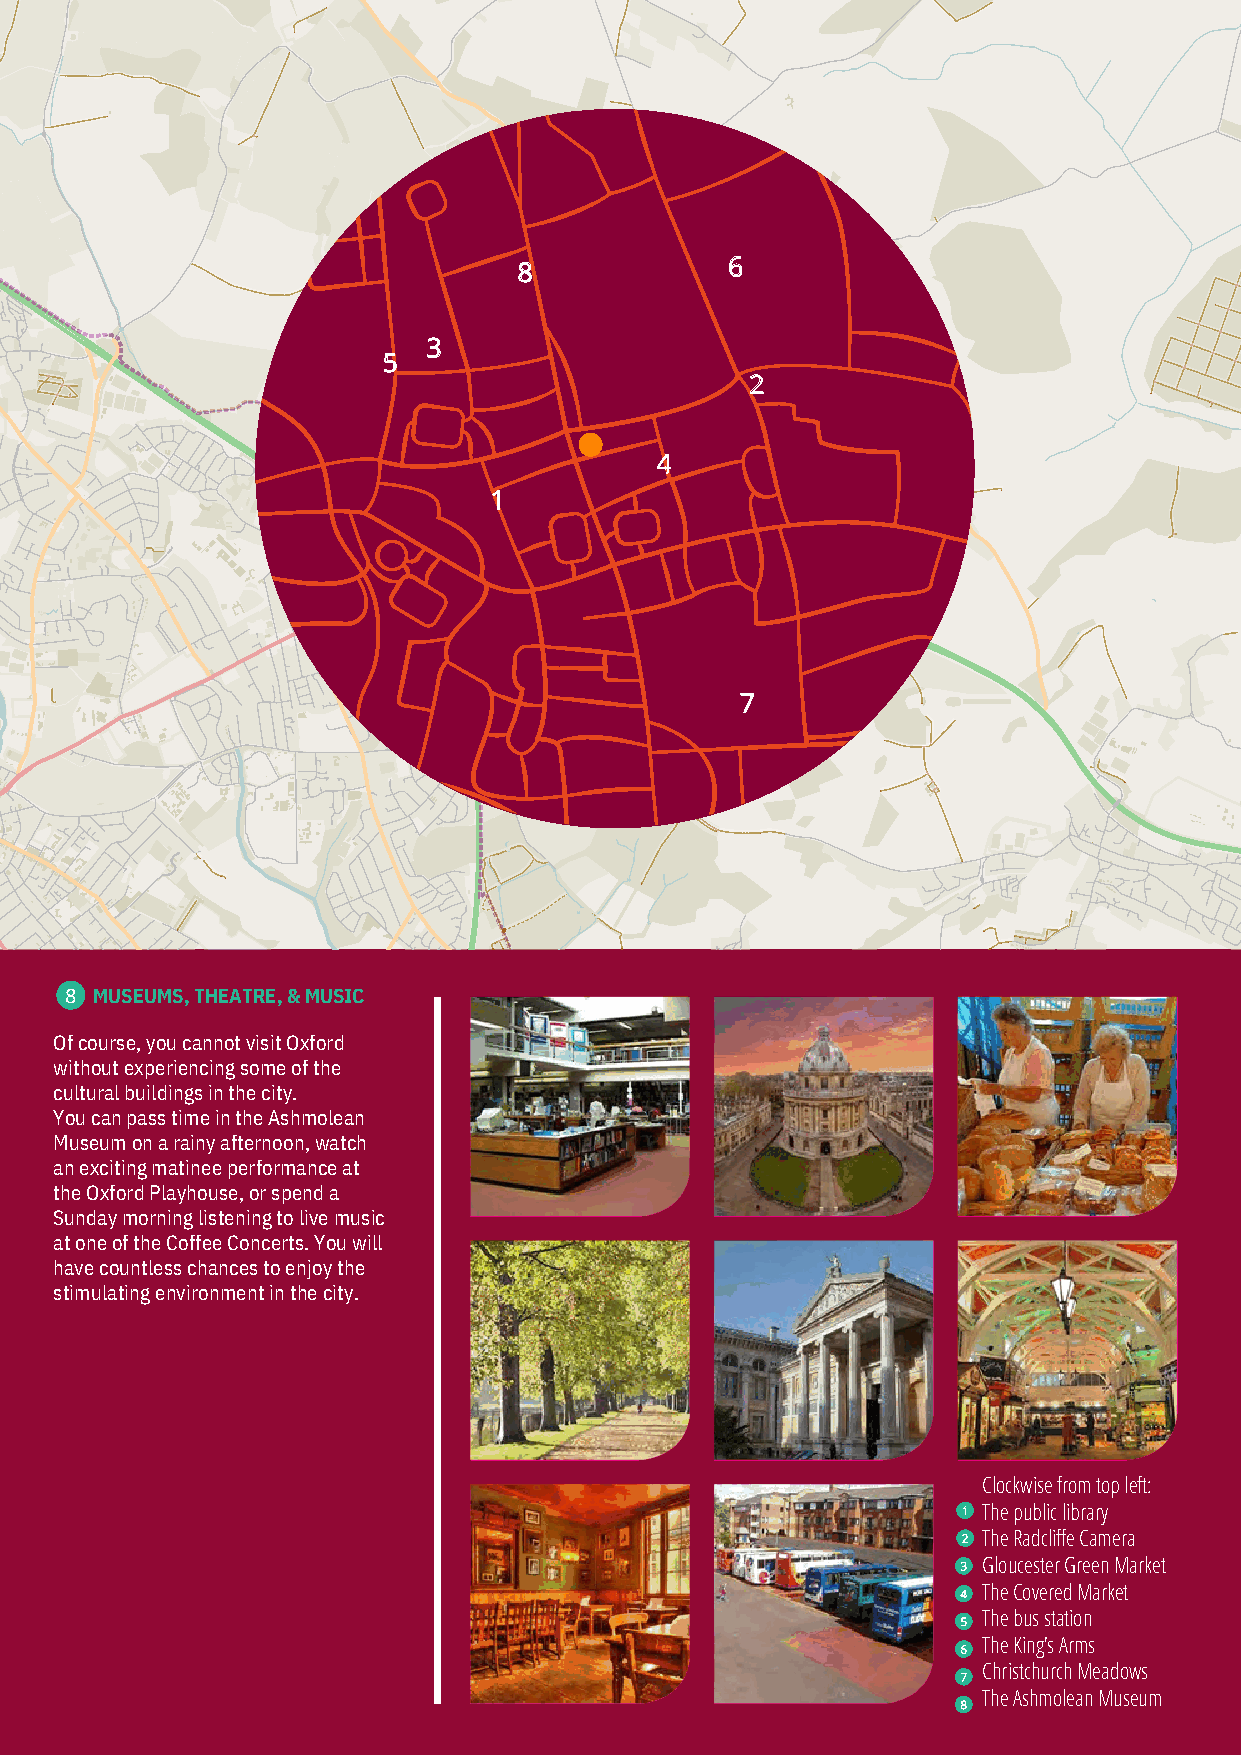
8             6
 3
 5
 2
 4
 1
 7
 8 MUSEUMS, THEATRE, & MUSIC
 Of course, you cannot visit Oxford
 without experiencing some of the
 cultural buildings in the city.
 You can pass time in the Ashmolean
 Museum on a rainy afternoon, watch
 an exciting matinee performance at
 the Oxford Playhouse, or spend a
 Sunday morning listening to live music
 at one of the Coffee Concerts. You will
 have countless chances to enjoy the
 stimulating environment in the city.
 Clockwise from top left:
 The public library
 The Radcliffe Camera
 Gloucester Green Market
 The Covered Market
 The bus station
 The King’s Arms
 Christchurch Meadows
 The Ashmolean Museum